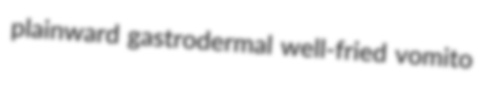
plainward gastrodermal well-fried vomito